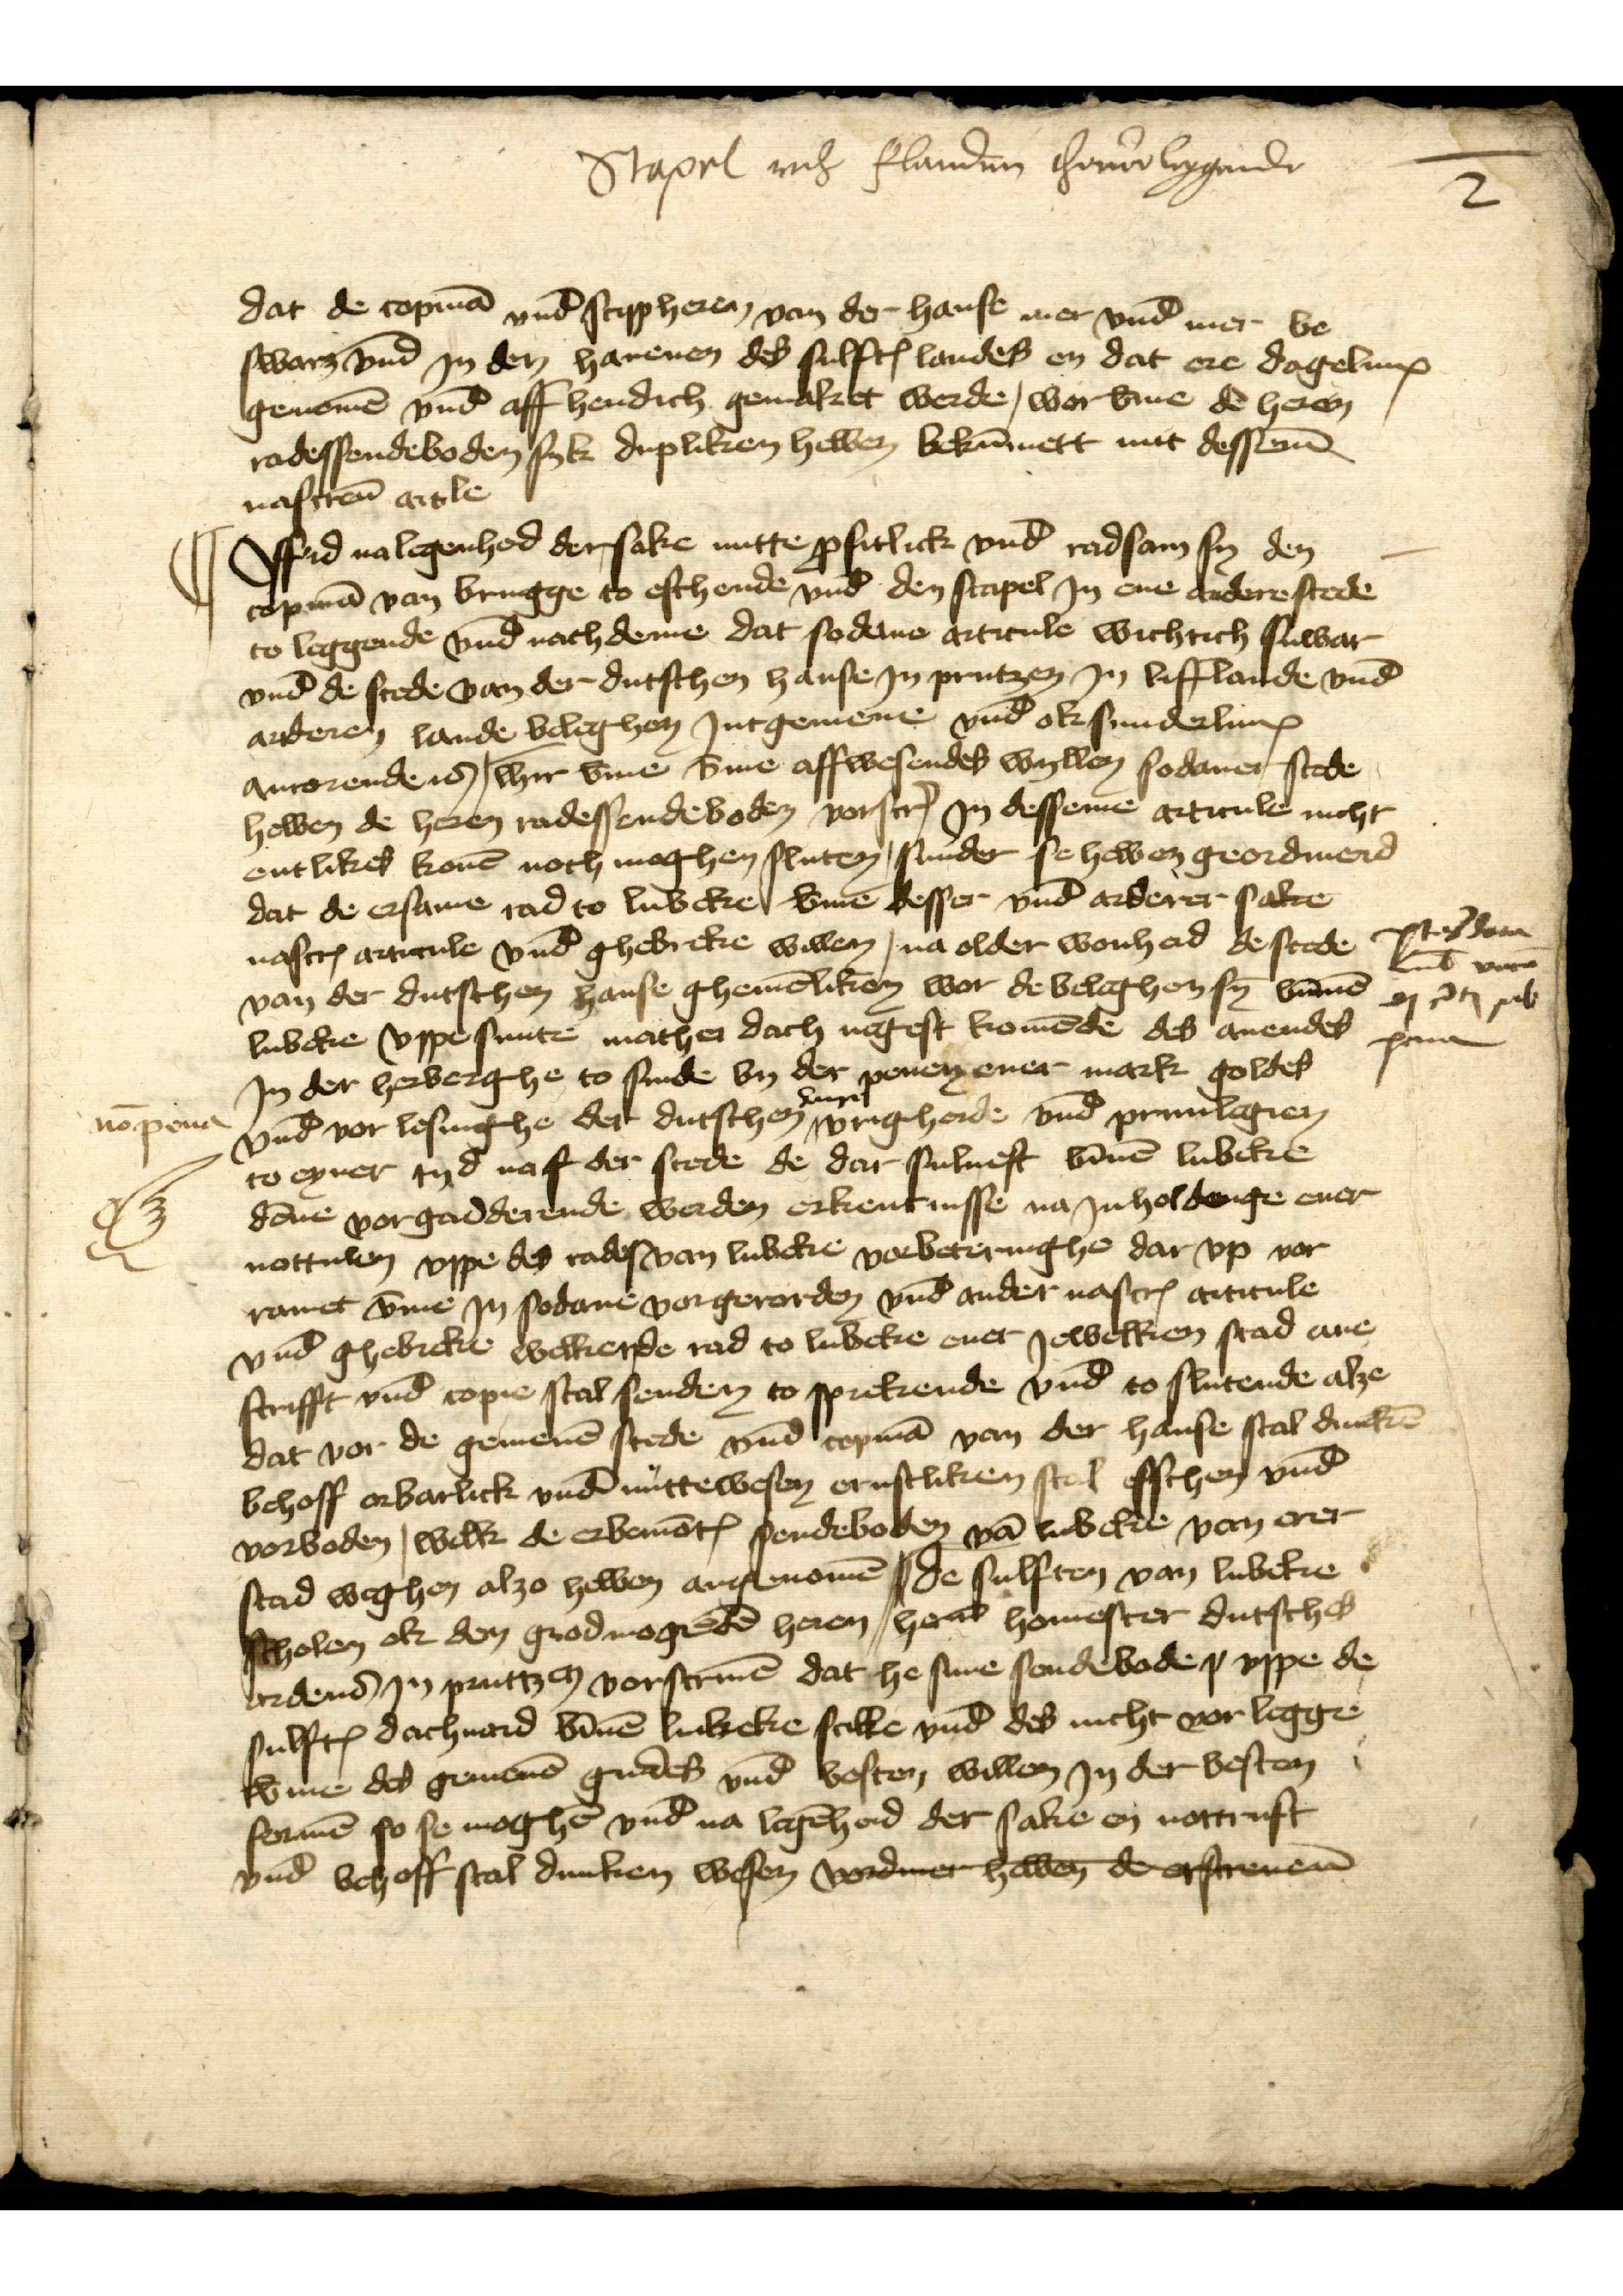
2

Stapel nach flandern thouor liggende

dat de copmā vnd scippheren, van der hanse mer vnd mer be
swarē vnd in den hauenen des sulftꝬ landes en dat ere dagelinx
genomē vnd aff hendich gemaket werde, wor v̄me dē heren
radessendeboden syk dripliken hebben bekūmett mit dessēm
nascreū article

nō pona

Off id nalegenheid dersake nutte ꝑfitlick vnd radsam sy den
copmā van brugge to eschende vnd den stapel Jn ene andere stede
to leggende vnd nach deme dat sodane articule wichtich suwar
vnd de stede van der dutschen hanse Jn prutzen Jn lifflande vnd
anderen lande beleghen Jnt gemene vnḑ ok sunderlinx
anrorende id | hyr v̄me v̄me affwesendes wyllen sodaner stede
hebben de heren radessendeboden vorscrꝬ Jn desseme articule nicht
entlikes konē noch moghen sluten, sunder se hebben geordinerd
dat de ersame rad to lubeke v̄me desser vnd anderer sake
nascrꝬ articule vnd ghebreke willen, na older wonheid de stede
van der dutschen hanse ghemēliken wor de belaghen sȳ binnē
lubcke vppe sunte mathei dach negest komēde des auendes
Jn der herberghe to sinde by der penen ener mark goldes
vnd vor lesinghe der dutschen hanse vrigheide vnd priuilegien
to eyner tyd naf der stede de dar sulueft bīnē lubeke
dēne vorgadderende werden erkentnisse na Jnholdinge ener
nottulen vppe des rades van Lubeke vorbeteringhe dar vp vor
ramet v̄me Jn sodane vorgerorden vnd ander nascrꝬ articule
vnd ghebreke welkerde rad to lubeke ener Jeweken stad ane-
scrifft vnde copie scal senden to sprekende vnd to slutende alze
dat vor de gemenē stede vnd copmā van der hanse scal dunckē
behoff orbarlick vnd nuttewesen ernstliken scal esschen vnd
vorboden, welk de erbemōtꝬ sendeboden vā lubeke van erer
stad weghen alzo hebben arifenomē | de sulften van lubeke 
scholen ok den grodmogedē heren, her̉ homester dutsches
ordens Jn pruttzen vorscriuē dat he sine sendebode p vppe de
sulftꝬ dachuard bīnē lubeke scikke vnd des nicht vor legge
v̄me des gemenē gudes vnd besten willen Jn der besten
formē so se moghē vnd na legēheid der sake en nottruft
vnd behoff scal dunken wesen vordmer hebben de erscreven̄

ptag da
Lūb vare
dj r̉t oub
pena